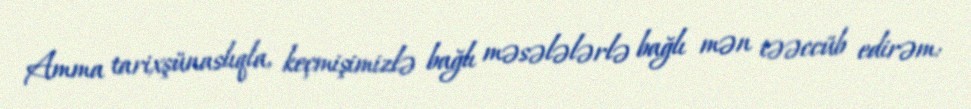
Amma tarixşünaslıqla, keçmişimizlə bağlı məsələlərlə bağlı mən təəccüb edirəm: